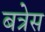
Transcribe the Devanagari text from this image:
बत्रेस